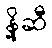
နို့ဆီ